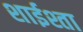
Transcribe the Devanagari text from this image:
शाईश्ता